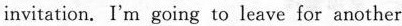
invitation. I'm going to leave for another